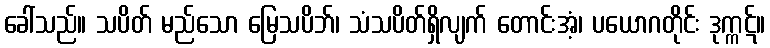
ခေါ်သည်။ သပိတ် မည်သော မြေသပိဘ်၊ သံသပိတ်ရှိလျက် တောင်းအံ့၊ ပယောဂတိုင်း ဒုက္ကဋ်။